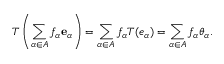
T \left( \sum _ { \alpha \in A } f _ { \alpha } \mathbf { e } _ { \alpha } \right) = \sum _ { \alpha \in A } f _ { \alpha } T ( e _ { \alpha } ) = \sum _ { \alpha \in A } f _ { \alpha } \theta _ { \alpha } .